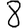
Digit: 8